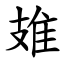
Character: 䧴